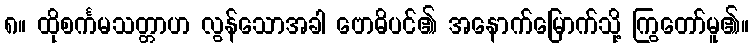
၈။ ထိုစင်္ကမသတ္တာဟ လွန်သောအခါ ဗောဓိပင်၏ အနောက်မြောက်သို့ ကြွတော်မူ၏။